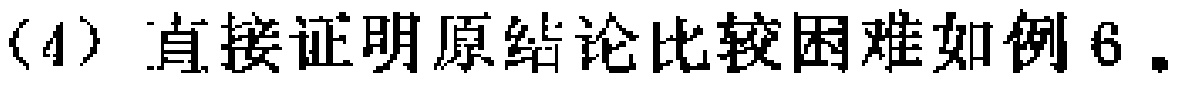
(4) 直接证明原结论比较困难如例 6.